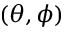
( \theta , \phi )